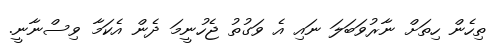
ތިހެން ހިތަށް ނާރުވަބަލަ ނައި އެ ވަގުތު ޖެހުނީމަ ދެން އެކަމާ ވިސްނާނީ.